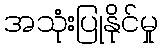
အသုံးပြုနိုင်မှု